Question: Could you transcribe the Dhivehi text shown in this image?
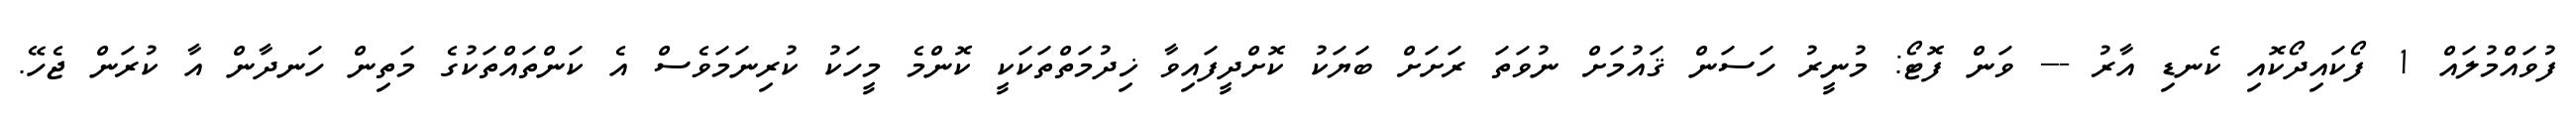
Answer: ފުވައްމުލައް 1 ފޯކައިދޯކޮއި ކެނޑި އާރު --- ވަން ފޮޓޯ: މުނީރު ހަސަން ޤައުމަށް ނުވަތަ ރަށަށް ބަޔަކު ކޮށްދީފައިވާ ޚިދުމަތްތަކަކީ ކޮންމެ މީހަކު ކުރިނަމަވެސް އެ ކަންތައްތަކުގެ މަތިން ހަނދާން އާ ކުރަން ޖެހޭ.